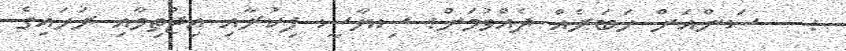
:   ސަންއަށް ޚަބަރެއް ދެއްވުމަށް: ސިޔާސީ ފިކުރާއި އިޖުތިމާއި ރަހައިގެ